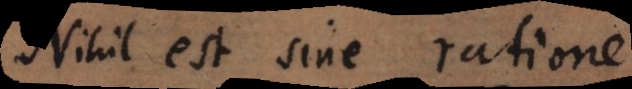
Nihil est sine ratione.